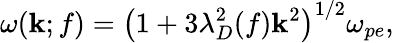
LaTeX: \omega(\mathbf{k};f)=\left(1+3\lambda_{D}^{2}(f)\mathbf{k}^{2}\right)^{1/2}\omega_{pe},